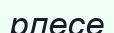
рлесе